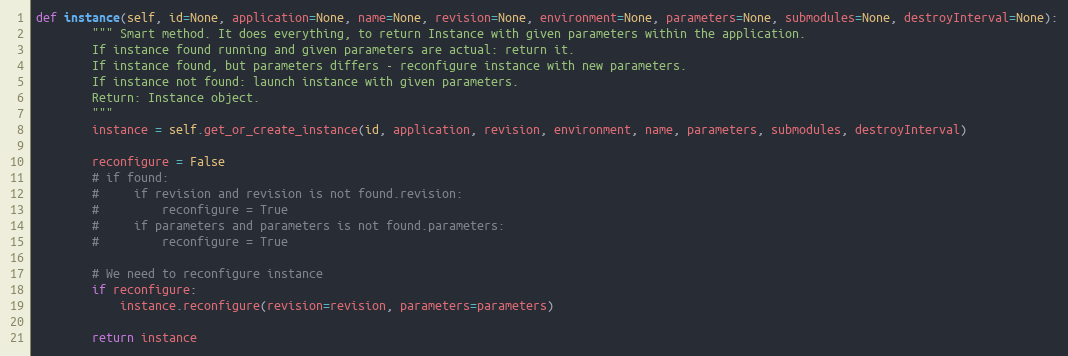
Language: Python
def instance(self, id=None, application=None, name=None, revision=None, environment=None, parameters=None, submodules=None, destroyInterval=None):
        """ Smart method. It does everything, to return Instance with given parameters within the application.
        If instance found running and given parameters are actual: return it.
        If instance found, but parameters differs - reconfigure instance with new parameters.
        If instance not found: launch instance with given parameters.
        Return: Instance object.
        """
        instance = self.get_or_create_instance(id, application, revision, environment, name, parameters, submodules, destroyInterval)

        reconfigure = False
        # if found:
        #     if revision and revision is not found.revision:
        #         reconfigure = True
        #     if parameters and parameters is not found.parameters:
        #         reconfigure = True

        # We need to reconfigure instance
        if reconfigure:
            instance.reconfigure(revision=revision, parameters=parameters)

        return instance